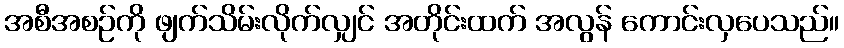
အစီအစဉ်ကို ဖျက်သိမ်းလိုက်လျှင် အတိုင်းထက် အလွန် ကောင်းလှပေသည်။